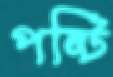
পষ্টি